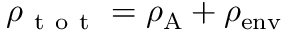
\rho _ { \mathrm { ~ t ~ o ~ t ~ } } = \rho _ { \mathrm { A } } + \rho _ { \mathrm { e n v } }